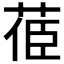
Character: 𦯱